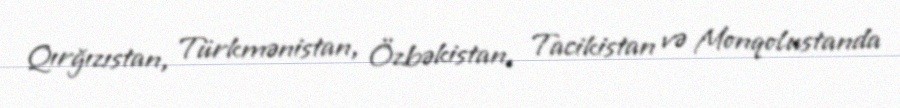
Qırğızıstan, Türkmənistan, Özbəkistan, Tacikistan və Monqolustanda